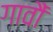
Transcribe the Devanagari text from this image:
गावौं